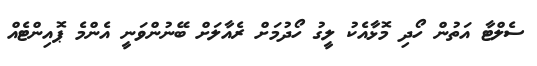
ސެލްޓާ އަތުން ހޯދި މޮޅާއެކު ލީގު ހޯދުމަށް ރެއާލަށް ބޭނުންވަނީ އެންމެ ޕޮއިންޓެއް